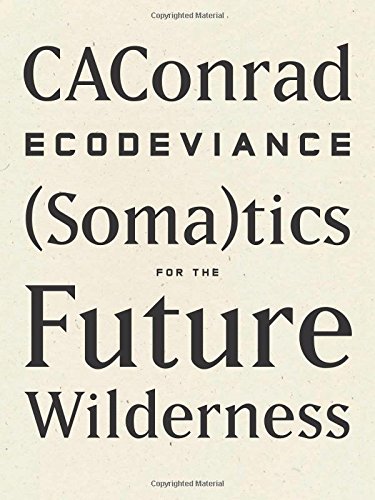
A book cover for ECODEVIANCE: (Soma)tics for the Future Wilderness; CAConrad; Gay & Lesbian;